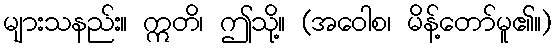
များသနည်း။ ဣတိ၊ ဤသို့။ (အဝေါစ၊ မိန့်တော်မူ၏။)